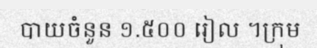
បាយចំនួន ១.៥០០ រៀល ។ក្រុម